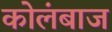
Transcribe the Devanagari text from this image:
कोलंबाज